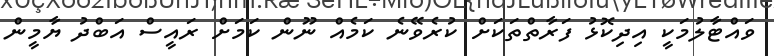
ވައްޓާލުމަކީ އިދިކޮޅު ފަރާތްތަކަށް ކުރެވޭނެ ކަމެއް ނޫން ކަމަށް ރައީސް އަބްދު ޔާމީން